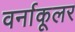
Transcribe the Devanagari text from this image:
वर्नाकूलर